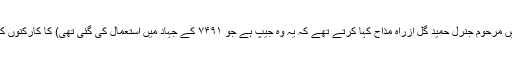
ان کا یہ کہنا تھا کہ میری اس پرانی جیپ (جس کے بارے میں مرحوم جنرل حمید گل ازراہ مذاح کہا کرتے تھے کہ یہ وہ جیپ ہے جو ۷۴۹۱ کے جہاد میں استعمال کی گئی تھی) کا کارکنوں کے ساتھ ایک منفرد تعلق ہے جو کسی صورت نہیں توڑ سکتا۔